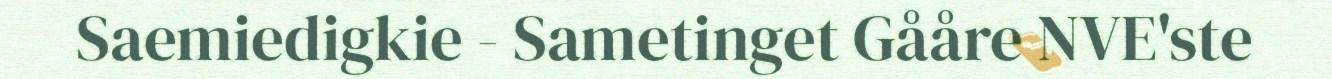
Saemiedigkie - Sametinget Gååre NVE'ste